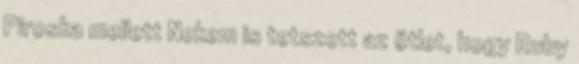
Piroska mellett Nekem is tetszett az ötlet, hogy Ruby